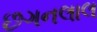
છગનલાલ